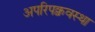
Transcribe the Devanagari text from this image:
अपरिपक्ववस्था